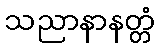
သညာနာနတ္တံ